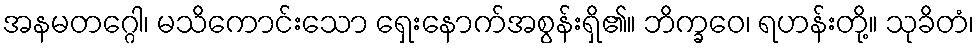
အနမတဂ္ဂေါ၊ မသိကောင်းသော ရှေးနောက်အစွန်းရှိ၏။ ဘိက္ခဝေ၊ ရဟန်းတို့။ သုခိတံ၊